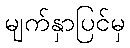
မျက်နှာပြင်မှ